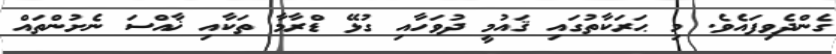
ގެންދެވިފައެވެ. މި ޙަރަކާތުގައި ޤައުމީ ދުވަހާއި ގުޅޭ ޑްރާމާ ތަކާއި ޚާއްސަ ނެށުންތައް